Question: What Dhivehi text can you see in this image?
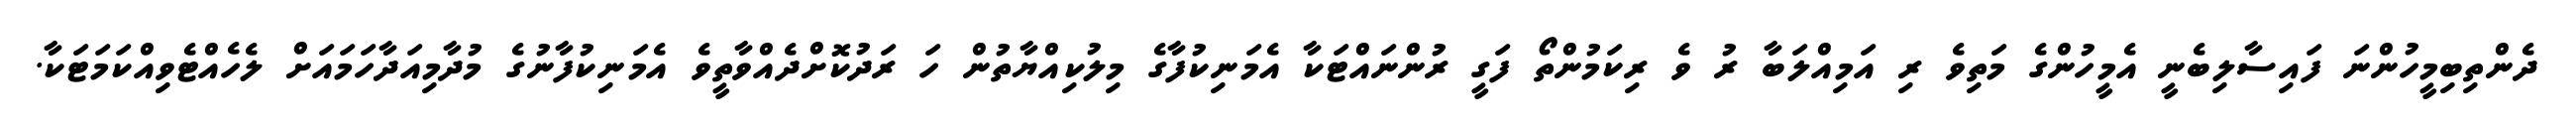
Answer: ދެންތިބިމީހުންނަ ފައިސާލިބެނީ އެމީހުންގެ މަތިވެ ރި އަމިއްލަބާ ރު ވެ ރިކަމުންތޯ ފަގީ ރުންނައްޓަކާ އެމަނިކުފާގެ މިލުކިއްޔާތުން ހަ ރަދުކޮށްދެއްވާތީވެ އެމަނިކުފާނުގެ މުދާމިއަދާހަމައަށް ލެހެއްޓެވިއްކަމަޓަކާ.